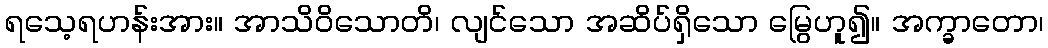
ရသေ့ရဟန်းအား။ အာသိဝိသောတိ၊ လျင်သော အဆိပ်ရှိသော မြွေဟူ၍။ အက္ခာတော၊